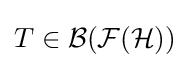
T\in {\mathcal {B}}({\mathcal {F}}({\mathcal {H}}))